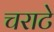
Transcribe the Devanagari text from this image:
चराटे